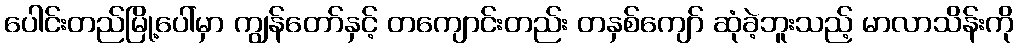
ပေါင်းတည်မြို့ပေါ်မှာ ကျွန်တော်နှင့် တကျောင်းတည်း တနှစ်ကျော် ဆုံခဲ့ဘူးသည့် မာလာသိန်းကို